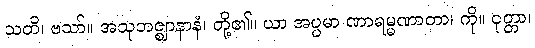
သတိ၊ ဗသာ်။ အသုဘဇ္ဈာနာနံ၊ တို့၏။ ယာ အပ္ပမာ ဏာရမ္မဏာတာ၊ ကို။ ဝုတ္တာ၊